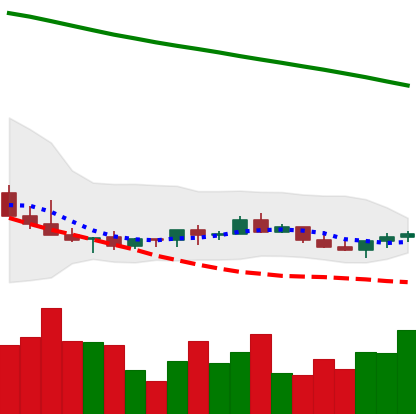
Ticker: LINK-USD
Chart end date: 2022-07-15
Forward return: 8.606%
Label: up_7plus